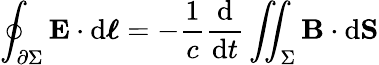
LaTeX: \oint_{\partial\Sigma}\mathbf{E}\cdot\mathrm{d}{\boldsymbol{\ell}}=-{\frac{1}{c}}{\frac{\mathrm{d}}{\mathrm{d}t}}\iint_{\Sigma}\mathbf{B}\cdot\mathrm{d}\mathbf{S}